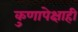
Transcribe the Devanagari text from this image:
कुणापेक्षाही